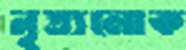
নৃত্যলোক